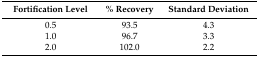
<table><thead><tr><td><b>Fortification Level</b></td><td><b>% Recovery</b></td><td><b>Standard Deviation</b></td></tr></thead><tbody><tr><td>0.5</td><td>93.5</td><td>4.3</td></tr><tr><td>1.0</td><td>96.7</td><td>3.3</td></tr><tr><td>2.0</td><td>102.0</td><td>2.2</td></tr></tbody></table>